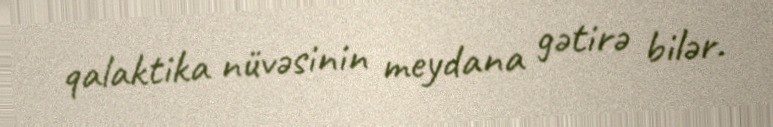
qalaktika nüvəsinin meydana gətirə bilər.